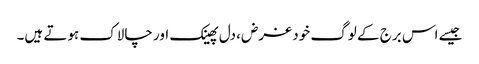
جیسے اس برج کے لوگ خود غرض، دل پھینک اور چالاک ہوتے ہیں۔